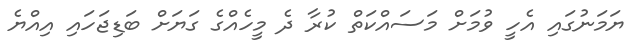
ޔަމަނުގައި އެހީ ވުމަށް މަސައްކަތް ކުރާ ދެ މީހެއްގެ ގަޔަށް ބަޑިޖަހައި އިއްޔެ